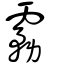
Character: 霧